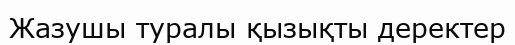
Жазушы туралы қызықты деректер